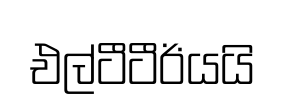
එල්ටීටීඊයයි